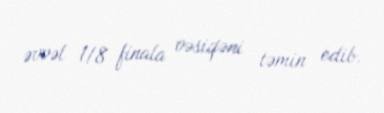
əvvəl 1/8 finala vəsiqəni təmin edib.